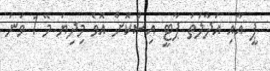
ޕީ އާއި އަދާލަތު ޕާޓީ އިސްކޮށް އޮވެ މިދިޔަ މޭ 1 ވަނަ